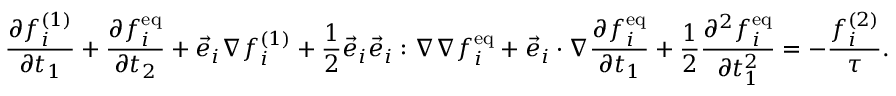
{ \frac { \partial f _ { i } ^ { ( 1 ) } } { \partial t _ { 1 } } } + { \frac { \partial f _ { i } ^ { \mathrm { e q } } } { \partial t _ { 2 } } } + { \vec { e } } _ { i } \nabla f _ { i } ^ { ( 1 ) } + { \frac { 1 } { 2 } } { \vec { e } } _ { i } { \vec { e } } _ { i } : \nabla \nabla f _ { i } ^ { \mathrm { e q } } + { \vec { e } } _ { i } \cdot \nabla { \frac { \partial f _ { i } ^ { \mathrm { e q } } } { \partial t _ { 1 } } } + { \frac { 1 } { 2 } } { \frac { \partial ^ { 2 } f _ { i } ^ { \mathrm { e q } } } { \partial t _ { 1 } ^ { 2 } } } = - { \frac { f _ { i } ^ { ( 2 ) } } { \tau } } .